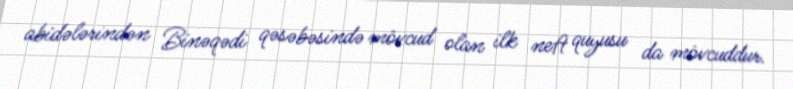
abidələrindən Binəqədi qəsəbəsində mövcud olan ilk neft quyusu da mövcuddur.